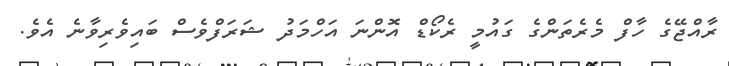
ރާއްޖޭގެ ހާފް މެރެތަންގެ ގައުމީ ރެކޯޑް އޮންނަ އަހްމަދު ޝަރަފްވެސް ބައިވެރިވާނެ އެވެ.